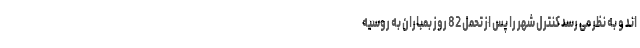
اند و به نظر می رسد کنترل شهر را پس از تحمل 82 روز بمباران به روسیه